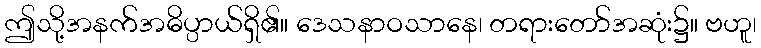
ဤသို့အနက်အဓိပ္ပာယ်ရှိ၏။ ဒေသနာဝသာနေ၊ တရားတော်အဆုံး၌။ ဗဟူ၊